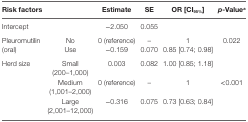
<table><thead><tr><td><b>Risk factors</b></td><td></td><td><b>Estimate</b></td><td><b>SE</b></td><td><b>OR [CI<sub>95%</sub>]</b></td><td><b><i>p</i>-Value<sup>a</sup></b></td></tr></thead><tbody><tr><td>Intercept</td><td></td><td>−2.050</td><td>0.055</td><td></td><td></td></tr><tr><td rowspan="2">Pleuromutilin (oral)</td><td>No</td><td>0 (reference)</td><td>–</td><td>1</td><td rowspan="2">0.022</td></tr><tr><td>Use</td><td>−0.159</td><td>0.070</td><td>0.85 [0.74; 0.98]</td></tr><tr><td rowspan="3">Herd size</td><td>Small (200–1,000)</td><td>0.003</td><td>0.082</td><td>1.00 [0.85; 1.18]</td><td></td></tr><tr><td>Medium (1,001–2,000)</td><td>0 (reference)</td><td>–</td><td>1</td><td>&lt;0.001</td></tr><tr><td>Large (2,001–12,000)</td><td>−0.316</td><td>0.075</td><td>0.73 [0.63; 0.84]</td><td></td></tr></tbody></table>